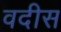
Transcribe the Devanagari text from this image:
वदीस